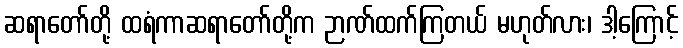
ဆရာတော်တို့ ထရံကာဆရာတော်တို့က ဉာဏ်ထက်ကြတယ် မဟုတ်လား၊ ဒါ့ကြောင့်